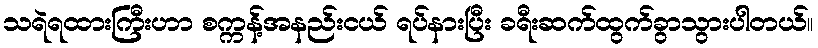
သရဲရထားကြီးဟာ စက္ကန့်အနည်းငယ် ရပ်နားပြီး ခရီးဆက်ထွက်ခွာသွားပါတယ်။